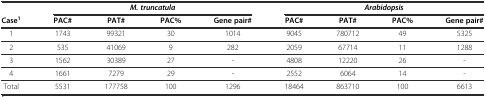
<table><thead><tr><td rowspan="2"><b>Case<sup>1</sup></b></td><td colspan="4"><b><i>M. truncatula</i></b></td><td colspan="4"><b><i>Arabidopsis</i></b></td></tr><tr><td><b>PAC#</b></td><td><b>PAT#</b></td><td><b>PAC%</b></td><td><b>Gene pair#</b></td><td><b>PAC#</b></td><td><b>PAT#</b></td><td><b>PAC%</b></td><td><b>Gene pair#</b></td></tr></thead><tbody><tr><td>1</td><td>1743</td><td>99321</td><td>30</td><td>1014</td><td>9045</td><td>780712</td><td>49</td><td>5325</td></tr><tr><td>2</td><td>535</td><td>41069</td><td>9</td><td>282</td><td>2059</td><td>67714</td><td>11</td><td>1288</td></tr><tr><td>3</td><td>1562</td><td>30389</td><td>27</td><td>-</td><td>4808</td><td>12220</td><td>26</td><td>-</td></tr><tr><td>4</td><td>1661</td><td>7279</td><td>29</td><td>-</td><td>2552</td><td>6064</td><td>14</td><td>-</td></tr><tr><td>Total</td><td>5531</td><td>177758</td><td>100</td><td>1296</td><td>18464</td><td>863710</td><td>100</td><td>6613</td></tr></tbody></table>